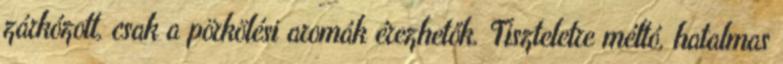
zárkózott, csak a pörkölési aromák érezhetők. Tiszteletre méltó, hatalmas